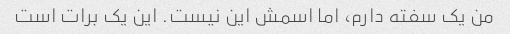
من یک سفته دارم، اما اسمش این نیست. این یک برات است